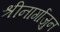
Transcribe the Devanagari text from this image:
श्रीनार्गाजुन